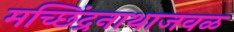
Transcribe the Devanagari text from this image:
मच्छिंद्रनाथाजवळ